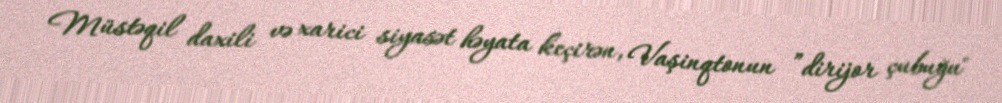
Müstəqil daxili və xarici siyasət həyata keçirən, Vaşinqtonun ”dirijor çubuğu"